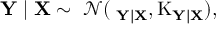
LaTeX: \mathbf { Y } \mid \mathbf { X } \sim \ { \mathcal { N } } ( \mathbf { \mu _ { Y | X } } , \operatorname { K } _ { \mathbf { Y | X } } ) ,